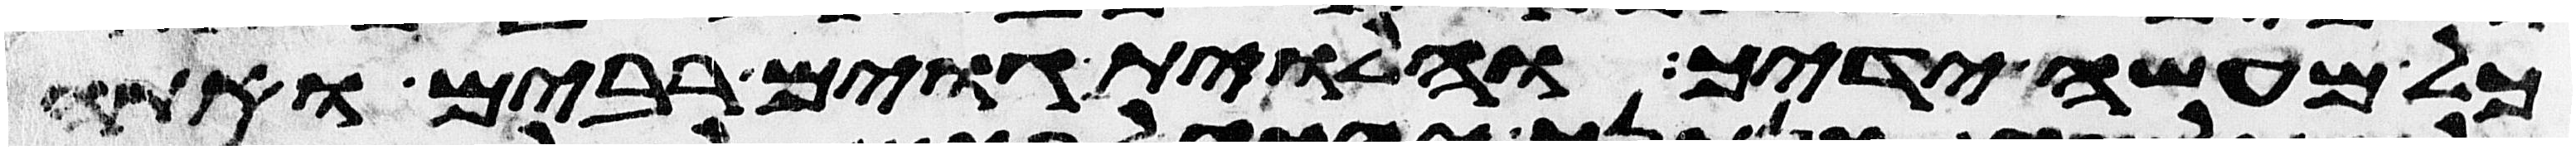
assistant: כל מעשה ידיך והלוית גוים רבים ואתה